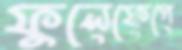
ফুলেফেপে